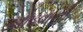
ઓઢવાની